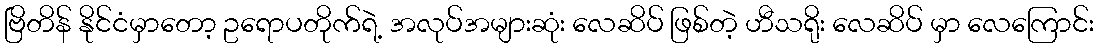
ဗြိတိန် နိုင်ငံမှာတော့ ဥရောပတိုက်ရဲ့ အလုပ်အများဆုံး လေဆိပ် ဖြစ်တဲ့ ဟီသရိုး လေဆိပ် မှာ လေကြောင်း